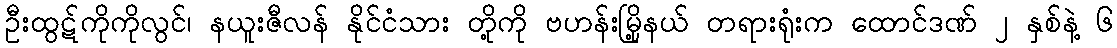
ဦးထွဋ်ကိုကိုလွင်၊ နယူးဇီလန် နိုင်ငံသား တို့ကို ဗဟန်းမြို့နယ် တရားရုံးက ထောင်ဒဏ် ၂ နှစ်နဲ့ ၆